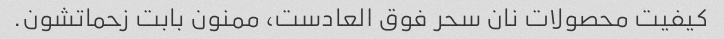
کیفیت محصولات نان سحر فوق العادست، ممنون بابت زحماتشون.